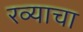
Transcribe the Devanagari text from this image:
रव्याचा